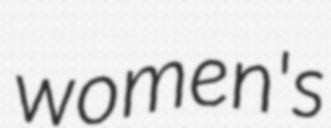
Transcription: women's